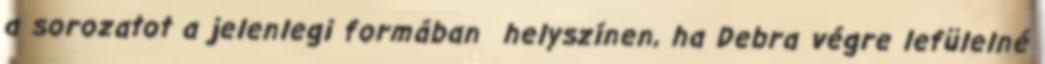
a sorozatot a jelenlegi formában helyszínen, ha Debra végre lefülelné